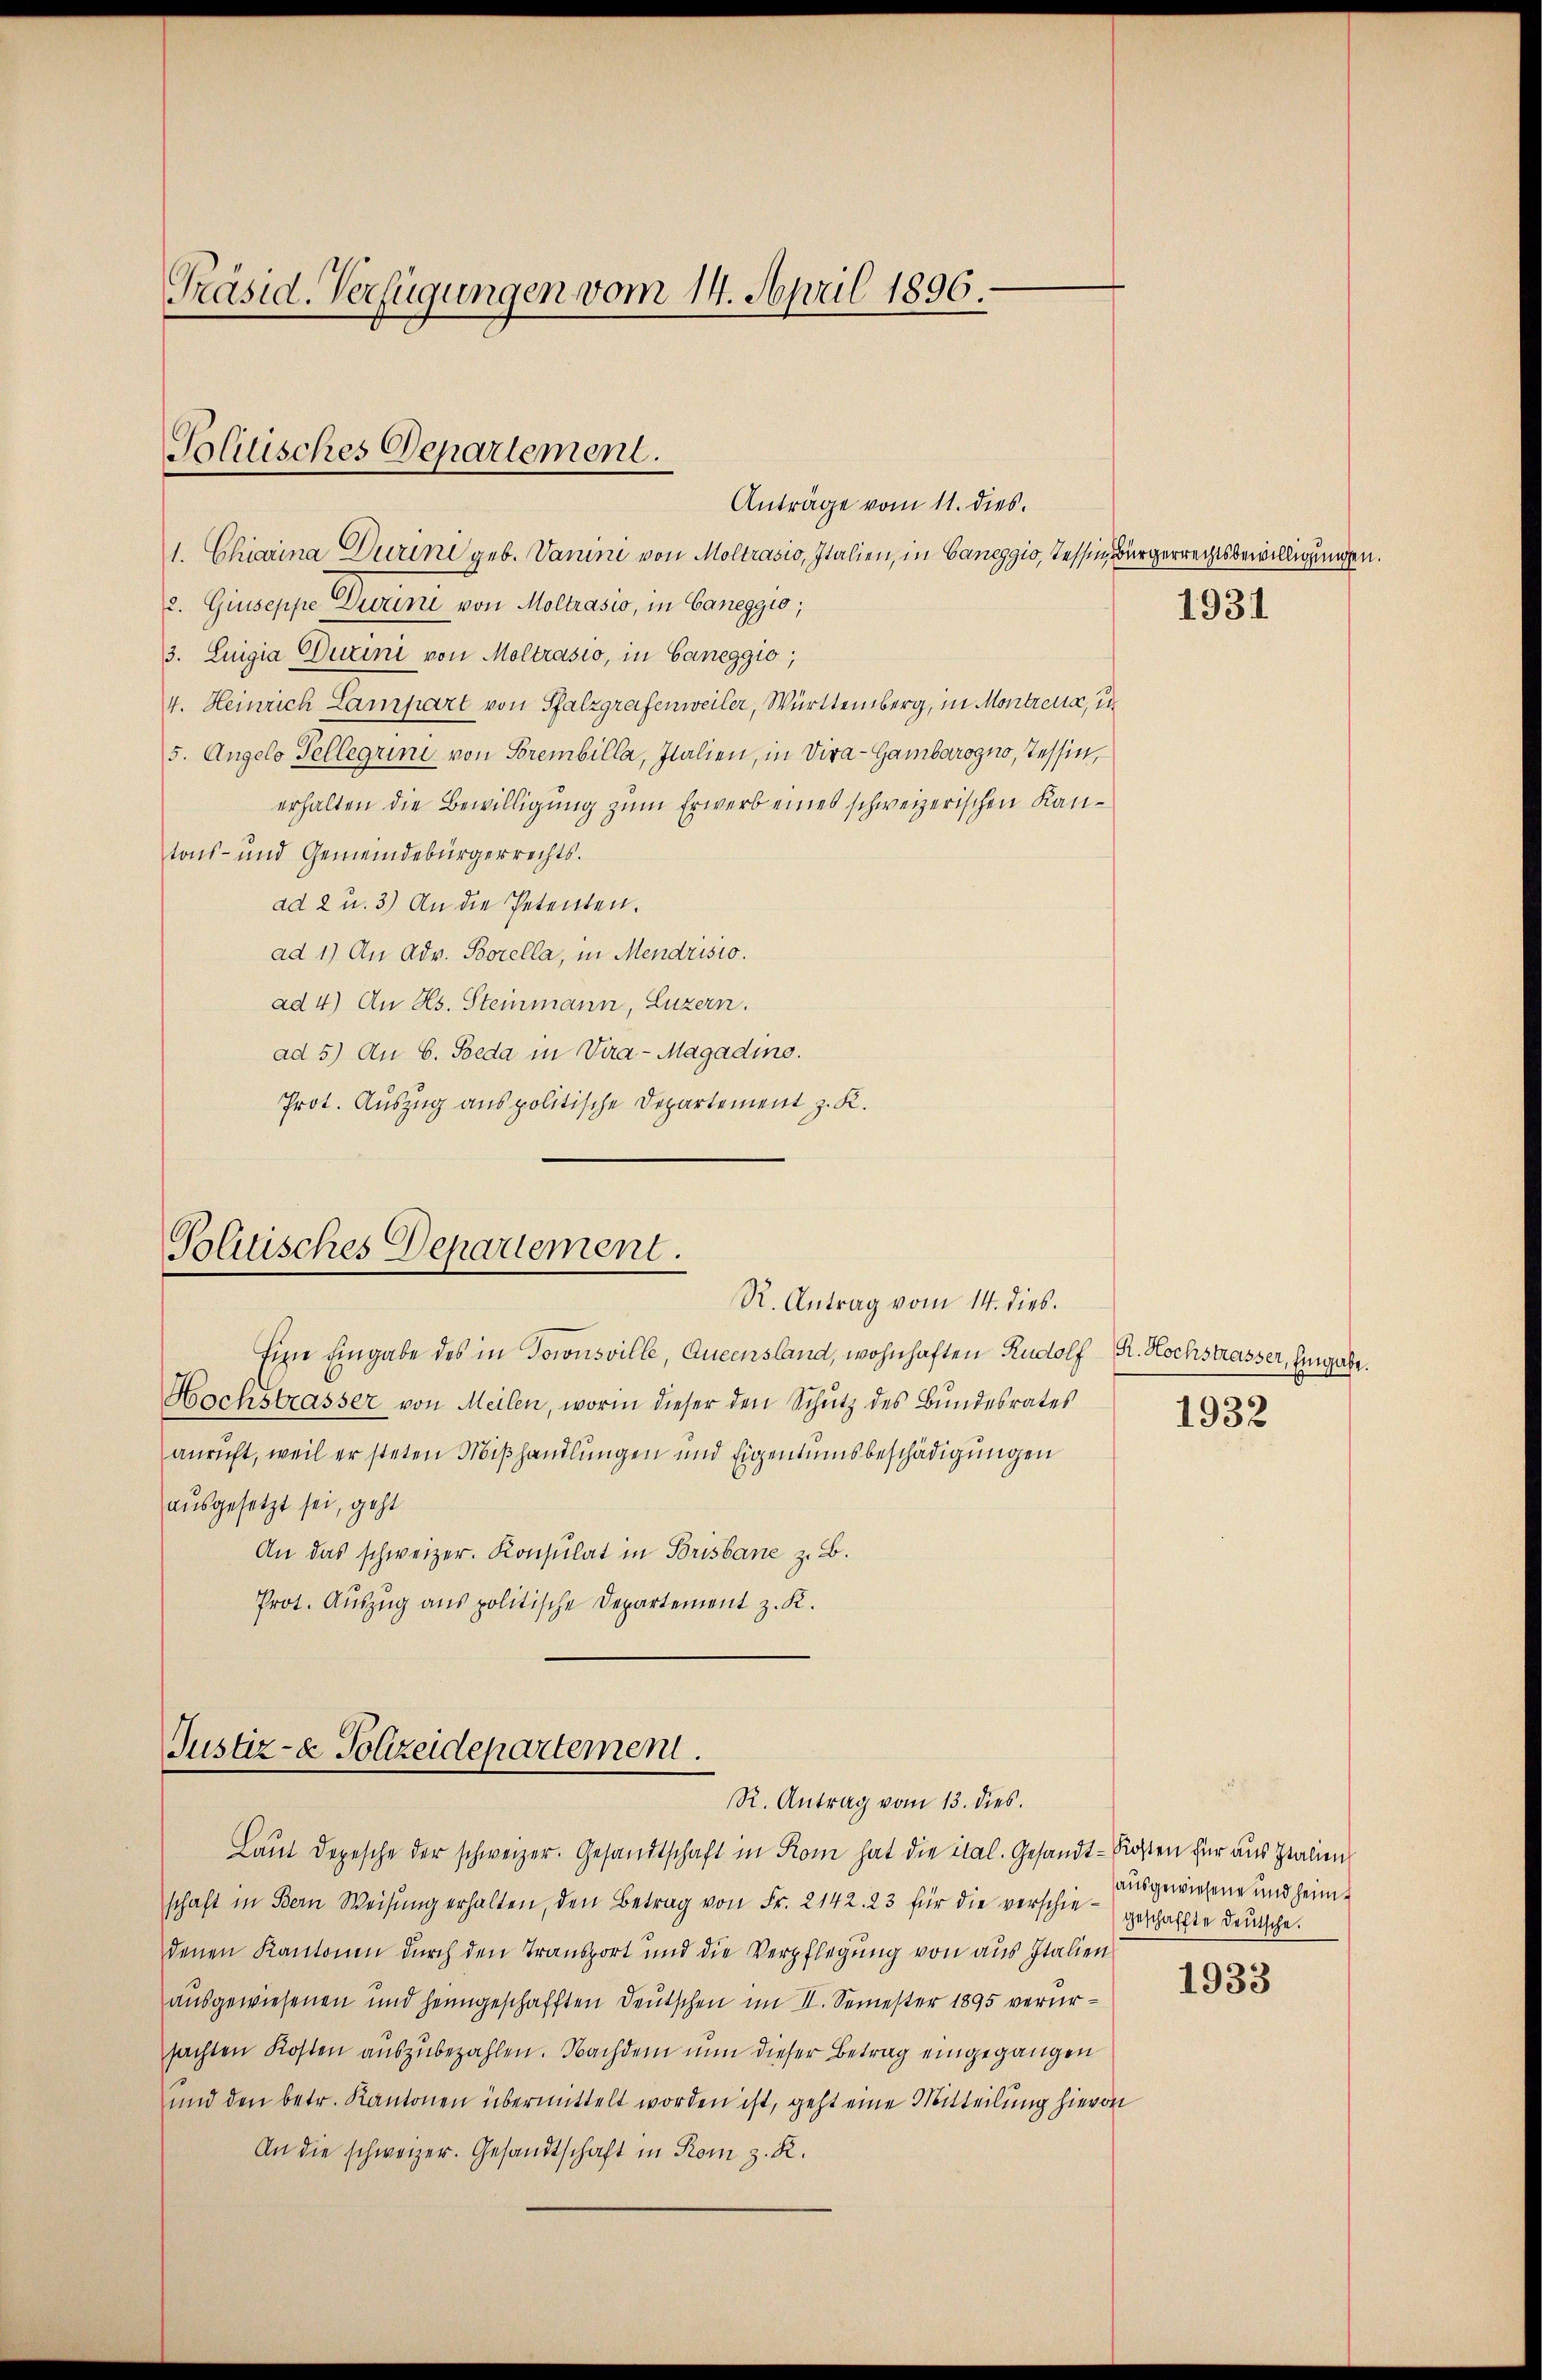
Präsid. Verfügungen vom 14. April 1896.

Politisches Departement.
Anträge vom 11. dies

1. Chiarina Durini geb. Vanini von Moltrasio, Italien, in Caneggio, Tessin, Bürgerrechtsbewilligungen.
2. Giuseppe Durini von Moltrasio, in Caneggio,
3. Luigia Durini von Moltrasio, in Ganeggio,
4. Heinrich Lampart von Pfalzgrafenweiler, Württemberg, in Montreux, un
5. Angelo Tellegrini von Sorembilla, Italien, in Vira-Gambarogno, Tessin,
erhalten die Bewilligung zum Erwerb eines schweizerischen Kantons- und Gemeindebürgerrechts.
ad 2 u. 3) An die Petenten.
ad 1) An Adv. Borella, in Mendrisio.
ad 4) An Hs. Steinmann, Luzern.
ad 5) An 6. Beda in Vira-Magadino.
Prot. Auszug aus politische Departement z. K.

Politisches Departement.
R. Antrag vom 14. dies.

anricht, weil er steten Mißhandlungen und Eigentumsbeschädigungen

Eine Eingabe des in Sowusville, Queensland, wohnhaften Rudolf R. Hochstrasser, Eingabe.
Hochstrasser von Meilen, worin dieser den Schutz des Bundesrates
ausgesetzt sei, geht
An das schweizer. Konsulat in Brisbane z. B.
Prot. Auszug aus politische Departement z. K.

Justiz- & Polizeidepartement.
R. Antrag vom 13. dies

Laŭt Depesche der schweizer. Gesandtschaft in Rom hat die ital. Gesandt-Kosten für aus Italien
schaft in Bern Weisŭng erhalten, den Betrag von Fr. 2142. 23 für die verschiedenen Kantonen durch den Transport und die Verpflegung von aus Italien
ausgewiesenen und heimgeschafften Deutschen im II. Semester 1895 verursachten Kosten auszubezahlen. Nachdem nun dieser Betrag eingegangen
und den betr. Kantonen übermittelt worden ist, geht eine Mitteilung hievon
An die schweizer. Gesandtschaft in Rom z. R.

1931

1932

1933

ausgewiesene und heim
geschaffte deutsche.